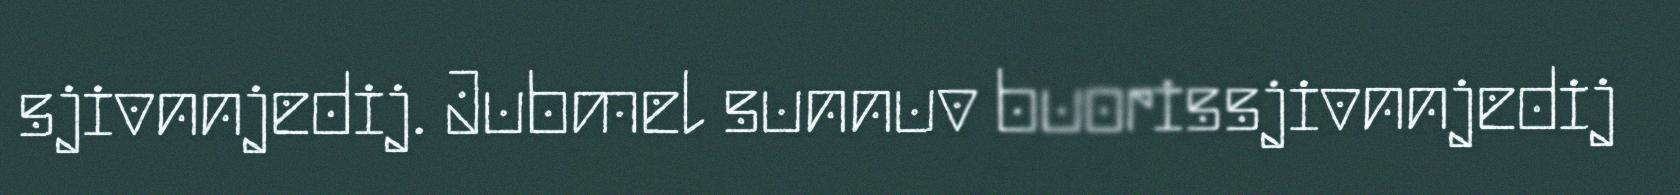
sjivnnjedij. Jubmel sunnuv buorissjivnnjedij